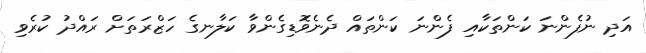
އަދި ނުފެންނަ ކަންތަކާއި ފެންނަ ކަންތައް ދެނެވޮޑިގެންވާ ކަލާނގެ ހަޒްރަތަށް ރައްދު ކުރެވި